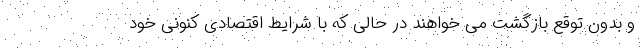
و بدون توقع بازگشت می خواهند در حالی که با شرایط اقتصادی کنونی خود